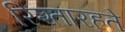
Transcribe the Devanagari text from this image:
रिश्तारहते